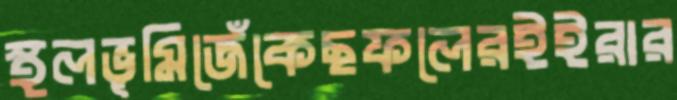
স্থলভূমিজেঁকেছফলেরইইরার